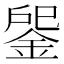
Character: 𨧒